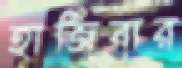
হাজিবার